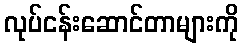
လုပ်ငန်းဆောင်တာများကို